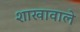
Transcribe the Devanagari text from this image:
शाखावाले